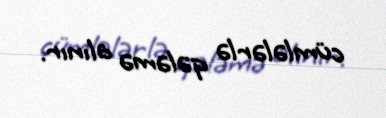
cümlələrlə qələmə alınır.